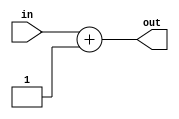
`timescale 1ns / 1ps
//////////////////////////////////////////////////////////////////////////////////
// Company: 
// Engineer: 
// 
// Design Name: 
// Module Name:    PC_incrementor 
// Project Name: 
// Target Devices: 
// Tool versions: 
// Description: 
//
// Dependencies: 
//
// Revision: 
// Revision 0.01 - File Created
// Additional Comments: 
//
//////////////////////////////////////////////////////////////////////////////////
module PC_incrementor(
    input [7:0] in,
    output [7:0] out
    );

	assign out=in+8'b00000001;  //simply add 1

endmodule